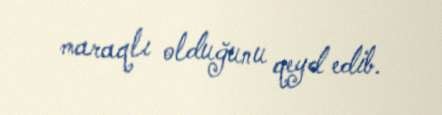
maraqlı olduğunu qeyd edib.